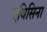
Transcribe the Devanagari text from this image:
एविसिना